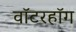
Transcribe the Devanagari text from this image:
वॉटरहॉग